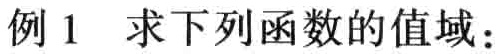
例1 求下列函数的值域：